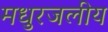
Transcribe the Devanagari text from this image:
मधुरजलीय